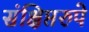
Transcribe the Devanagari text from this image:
संक्षिप्तरुपे